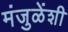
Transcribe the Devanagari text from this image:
मंजुळेंशी